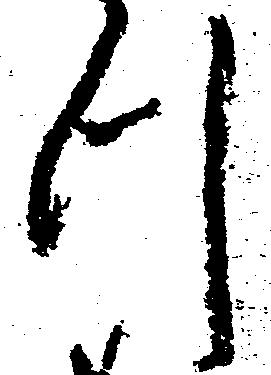
つ